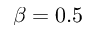
\beta = 0 . 5